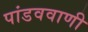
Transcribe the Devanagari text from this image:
पांडववाणी